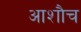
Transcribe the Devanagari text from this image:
आशौच